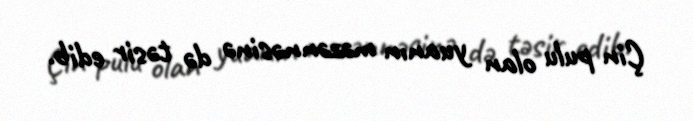
Çin pulu olan yuanın məzənnəsinə də təsir edib.